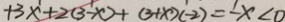
+ 3 x + 2 ( 3 - x ) + ( 3 + x ) ( - 2 ) = - x < 0